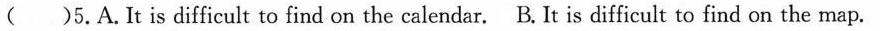
()5. A. It is difficult to find on the calendar. B. It is difficult to find on the map.